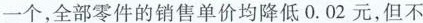
一个，全部零件的销售单价均降低 0.02 元，但不